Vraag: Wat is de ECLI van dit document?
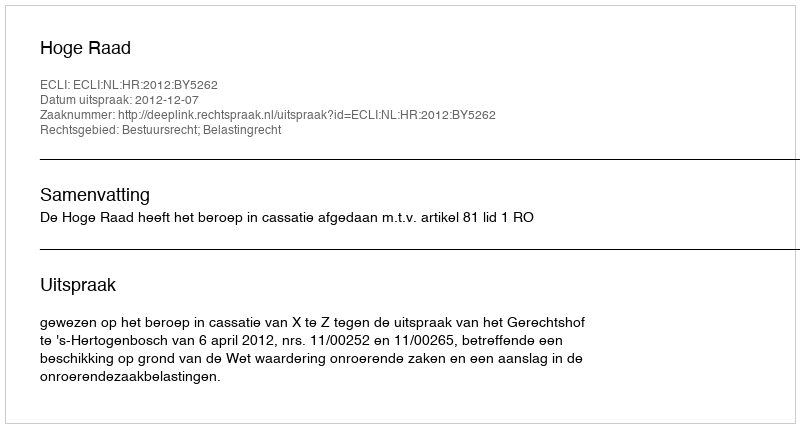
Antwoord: ECLI:NL:HR:2012:BY5262